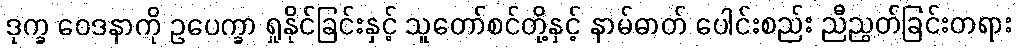
ဒုက္ခ ဝေဒနာကို ဥပေက္ခာ ရှုနိုင်ခြင်းနှင့် သူတော်စင်တို့နှင့် နာမ်ဓာတ် ပေါင်းစည်း ညီညွတ်ခြင်းတရား